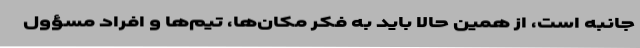
جانبه است، از همین حالا باید به فکر مکان‌ها، تیم‌ها و افراد مسؤول